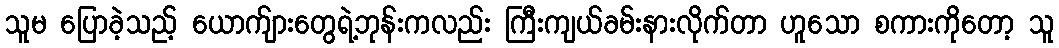
သူမ ပြောခဲ့သည့် ယောက်ျားတွေရဲ့ဘုန်းကလည်း ကြီးကျယ်ခမ်းနားလိုက်တာ ဟူသော စကားကိုတော့ သူ